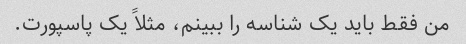
من فقط باید یک شناسه را ببینم، مثلاً یک پاسپورت.